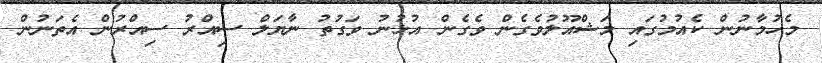
މެހުމާނުން ކެއުމުގައި މަޝްއޫލުވެގެން ވެގެން އުޅުނު ވަގުތު ނާޔަލް ސިއްރު ސިއްރުން އެތަނުން